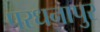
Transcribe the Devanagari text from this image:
परधनापुर